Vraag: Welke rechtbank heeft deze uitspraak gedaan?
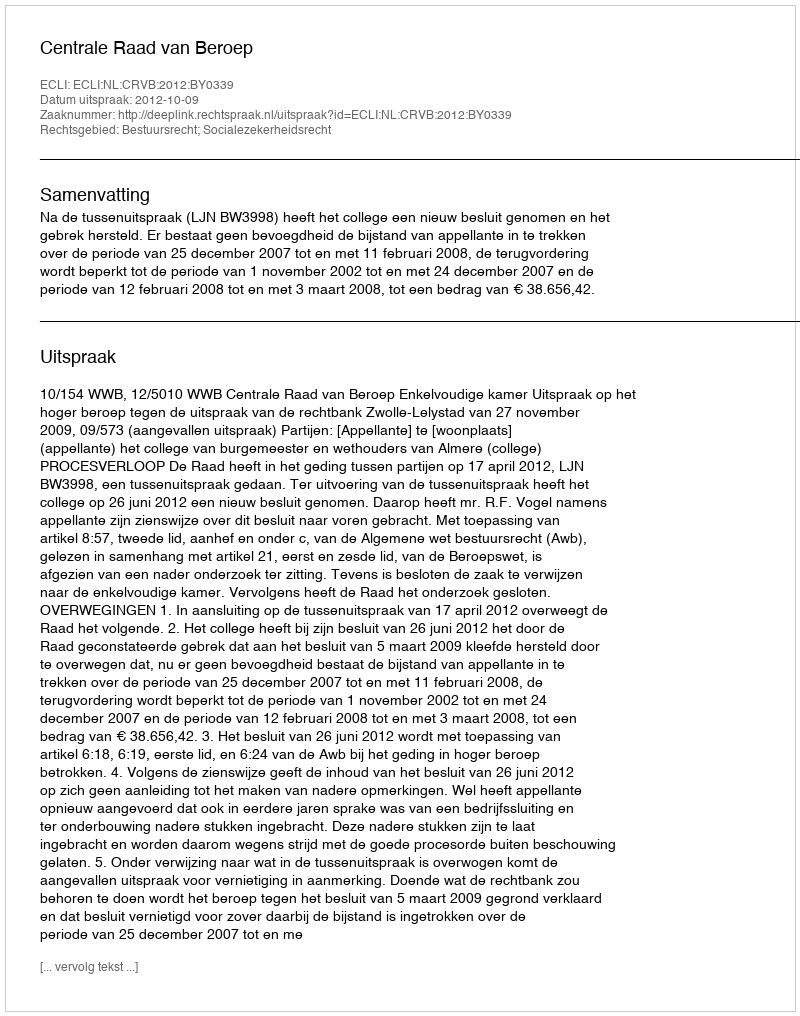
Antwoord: Centrale Raad van Beroep